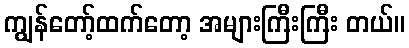
ကျွန်တော့်ထက်တော့ အများကြီးကြီး တယ်။